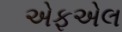
એફએલ